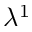
\lambda ^ { 1 }